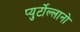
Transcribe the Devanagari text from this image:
प्युर्टोल्लानो